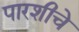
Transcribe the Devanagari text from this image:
पारशीचे